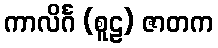
ကာလိင်္ဂ (စူဠ) ဇာတက